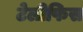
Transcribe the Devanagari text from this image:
टेलीफिस